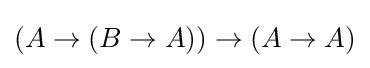
(A\to (B\to A))\to (A\to A)